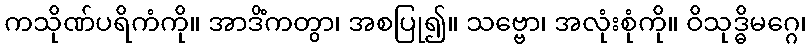
ကသိုဏ်ပရိကံကို။ အာဒိံကတွာ၊ အစပြု၍။ သဗ္ဗော၊ အလုံးစုံကို။ ဝိသုဒ္ဓိမဂ္ဂေ၊